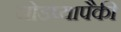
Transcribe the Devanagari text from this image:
जोडप्यापैकी